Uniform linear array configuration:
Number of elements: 64
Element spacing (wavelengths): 1
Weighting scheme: exponential
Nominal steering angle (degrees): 30
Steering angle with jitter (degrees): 28.479
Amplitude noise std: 0.05
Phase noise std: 0.05

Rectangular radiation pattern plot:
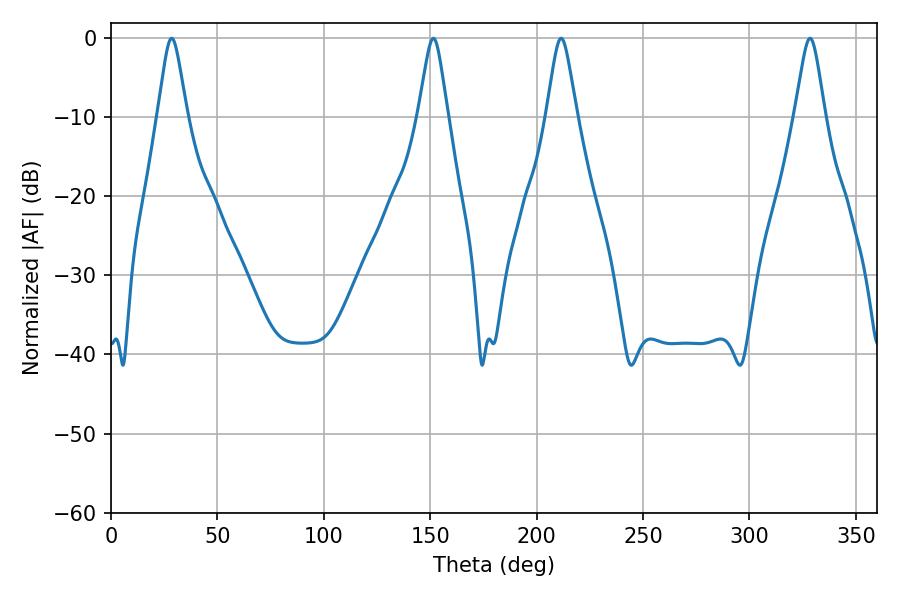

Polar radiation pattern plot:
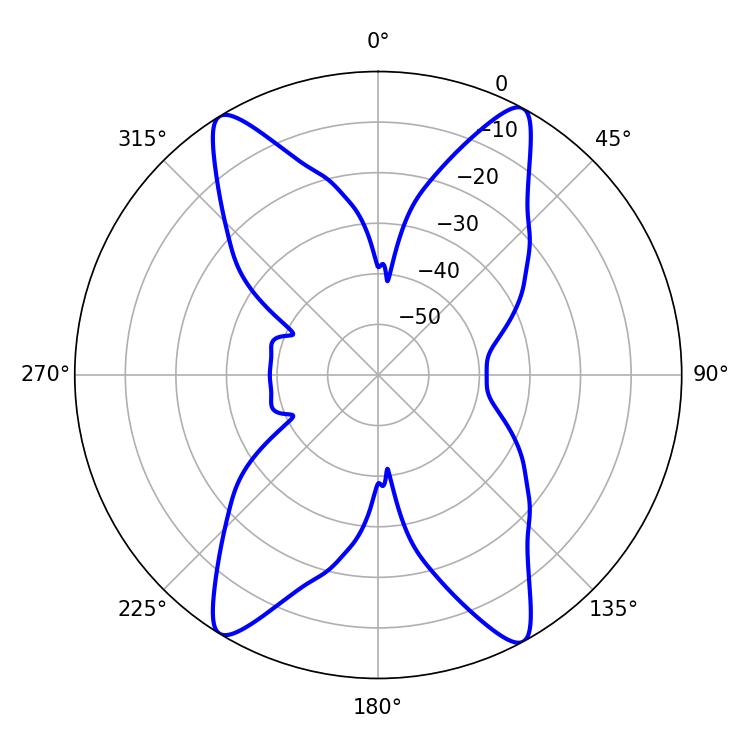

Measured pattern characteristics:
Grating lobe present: TRUE
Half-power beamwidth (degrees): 6.66
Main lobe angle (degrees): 328.5